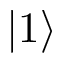
\vert { 1 } \rangle